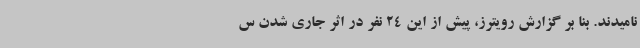
نامیدند. بنا بر گزارش رویترز، پیش از این 24 نفر در اثر جاری شدن س